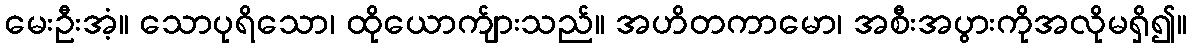
မေးဦးအံ့။ သောပုရိသော၊ ထိုယောက်ျားသည်။ အဟိတကာမော၊ အစီးအပွားကိုအလိုမရှိ၍။